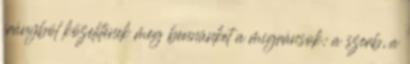
irányból közelítenek meg bennünket a migránsok: a szerb, a